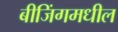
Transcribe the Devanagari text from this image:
बीजिंगमधील